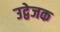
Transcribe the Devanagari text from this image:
उद्वेजक